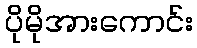
ပိုမိုအားကောင်း